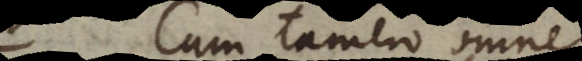
Cum tamen omne